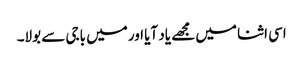
اسی اثنا میں مجھے یاد آیا اور میں باجی سے بولا۔